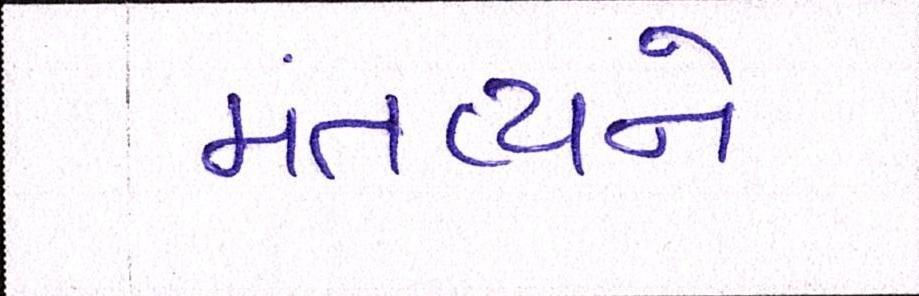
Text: મંતવ્યને